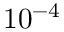
1 0 ^ { - 4 }